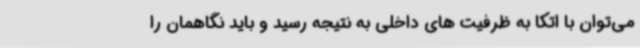
می‌توان با اتکا به ظرفیت های داخلی به نتیجه رسید و باید نگاهمان را